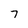
Character: 7